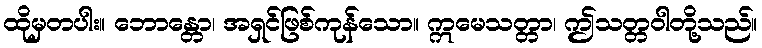
ထိုမှတပါး။ ဘောန္တော၊ အရှင်ဖြစ်ကုန်သော။ ဣမေသတ္တာ၊ ဤသတ္တဝါတို့သည်။